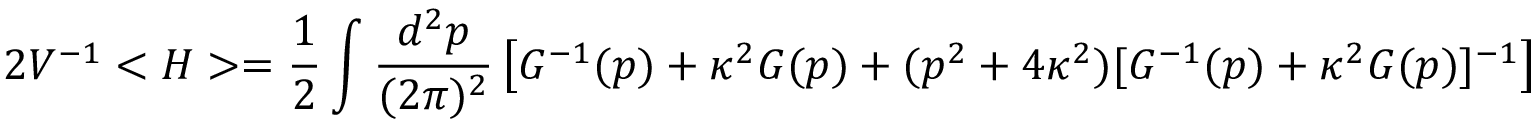
2 V ^ { - 1 } < H > = \frac { 1 } { 2 } \int \frac { d ^ { 2 } p } { ( 2 \pi ) ^ { 2 } } \left[ G ^ { - 1 } ( p ) + \kappa ^ { 2 } G ( p ) + ( p ^ { 2 } + 4 \kappa ^ { 2 } ) [ G ^ { - 1 } ( p ) + \kappa ^ { 2 } G ( p ) ] ^ { - 1 } \right]